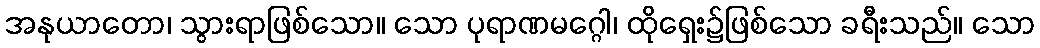
အနုယာတော၊ သွားရာဖြစ်သော။ သော ပုရာဏမဂ္ဂေါ၊ ထိုရှေး၌ဖြစ်သော ခရီးသည်။ သော